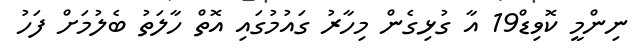
ނިންމީ ކޮވިޑް19 އާ ގުޅިގެން މިހާރު ގައުމުގައި އޮތް ހާލަތު ބެލުމަށް ފަހު